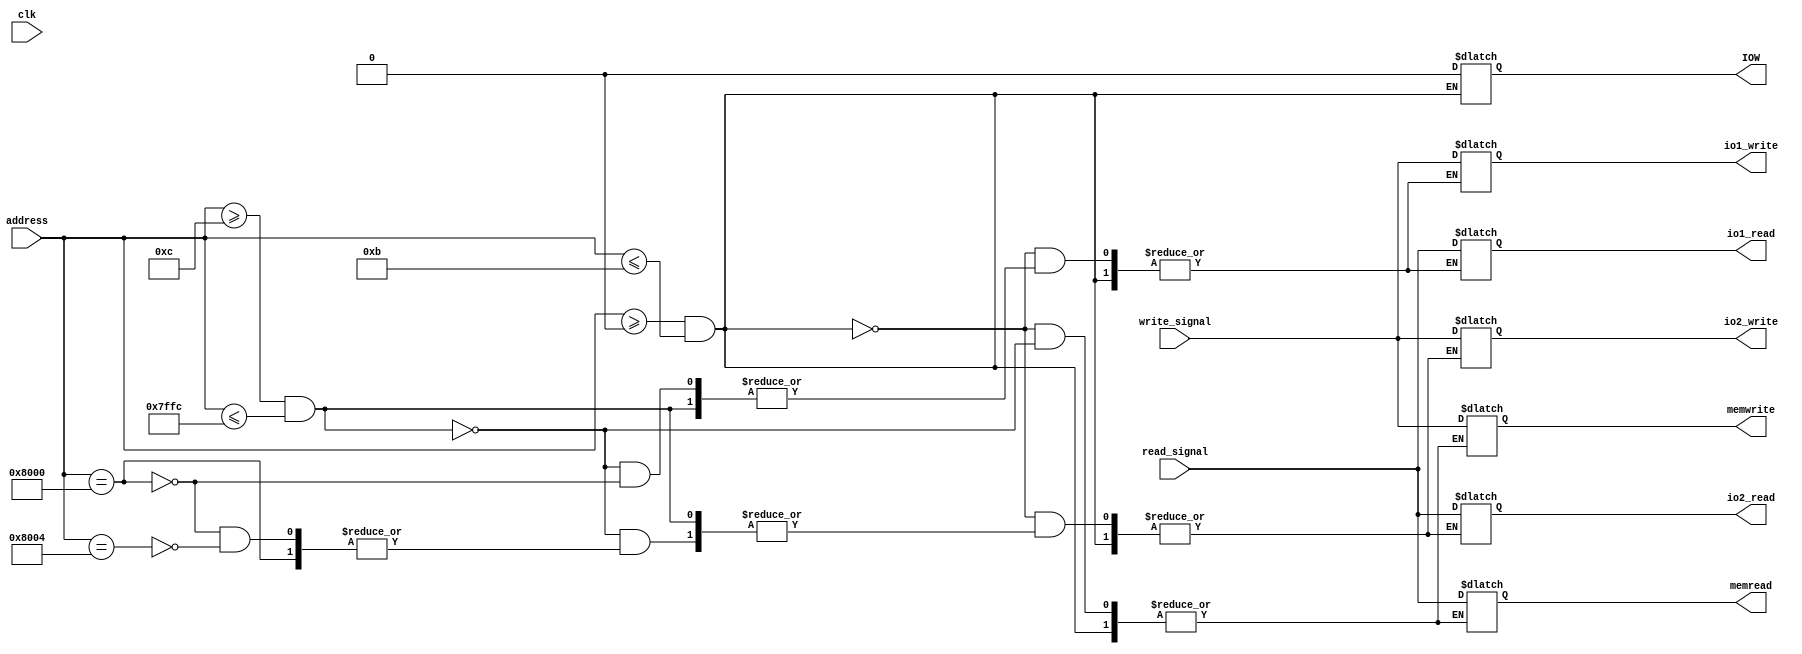
module control_signal_mux(IOW,memwrite,memread,io1_write,io1_read,io2_write,io2_read,address,write_signal,read_signal,clk);
input clk,write_signal,read_signal;
input [31:0]address;
output reg memwrite,memread,io1_write,io1_read,io2_write,io2_read,IOW;
always@(clk)
begin
if(address>=0 && address<=11)IOW=0; //fill in DMA registers

else if(address>=12 && address<=32764)
begin
memwrite<=write_signal;
memread<=read_signal;
end
else if (address==32768)
begin
io1_write<=write_signal;
io1_read<=read_signal;
end
else if (address==32772)
begin
io2_write<=write_signal;
io2_read<=read_signal;
end
end
endmodule